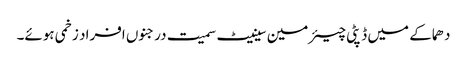
دھماکے میں ڈپٹی چیئرمین سینیٹ سمیت درجنوں افراد زخمی ہوئے۔